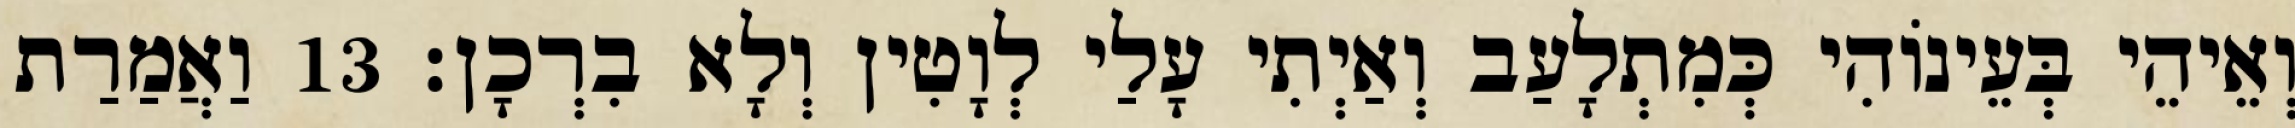
וְאֵיהֵי בְּעֵינוֹהִי כְּמִתְלָעַב וְאַיְתִי עָלַי לְוָטִין וְלָא בִרְכָן׃ 13 וַאֲמַרַת